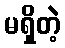
မရှိတဲ့